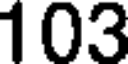
103